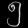
Digit: ၅